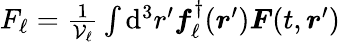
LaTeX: \begin{array}{r}{F_{\ell}=\frac{1}{\mathcal{V}_{\ell}}\int\mathrm{d}^{3}r^{\prime}\boldsymbol{f}_{\ell}^{\dagger}(\boldsymbol{r}^{\prime})\boldsymbol{F}(t,\boldsymbol{r}^{\prime})}\end{array}